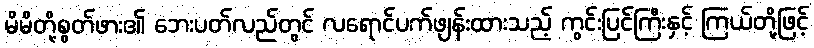
မိမိတို့စွတ်ဖား၏ ဘေးပတ်လည်တွင် လရောင်ပက်ဖျန်းထားသည့် ကွင်းပြင်ကြီးနှင့် ကြယ်တို့ဖြင့်